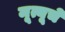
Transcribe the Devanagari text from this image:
मूत्यूचे